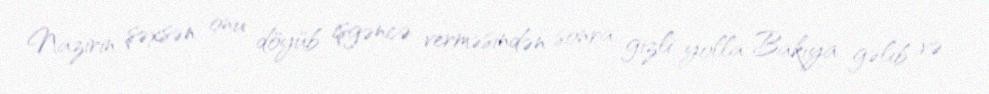
Nazirin şəxsən onu döyüb işgəncə verməsindən sonra gizli yolla Bakıya gəlib və